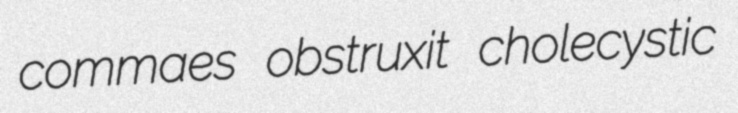
commaes obstruxit cholecystic